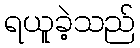
ရယူခဲ့သည်